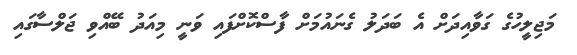
މަޖިލީހުގެ ގަވާއިދަށް އެ ބަދަލު ގެނައުމަށް ފާސްކޮށްފައި ވަނީ މިއަދު ބޭއްވި ޖަލްސާގައި